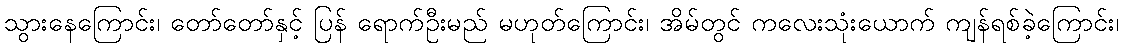
သွားနေကြောင်း၊ တော်တော်နှင့် ပြန် ရောက်ဦးမည် မဟုတ်ကြောင်း၊ အိမ်တွင် ကလေးသုံးယောက် ကျန်ရစ်ခဲ့ကြောင်း၊